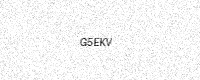
Text: G5EKV